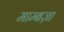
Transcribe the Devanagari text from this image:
माम्बज़ा